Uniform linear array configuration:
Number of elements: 64
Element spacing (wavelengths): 0.25
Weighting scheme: hann
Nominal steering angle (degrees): -15
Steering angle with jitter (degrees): -14.109
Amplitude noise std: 0.05
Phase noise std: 0.05

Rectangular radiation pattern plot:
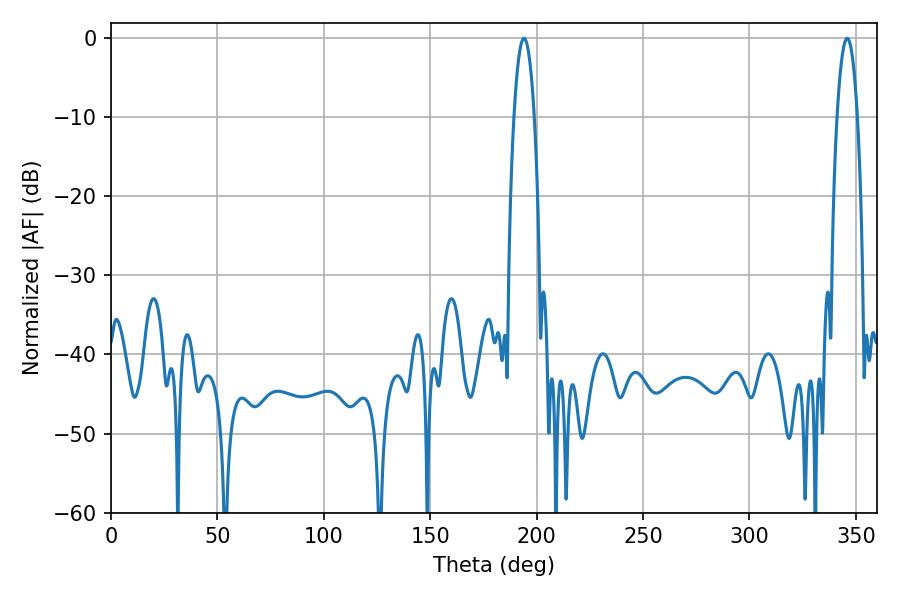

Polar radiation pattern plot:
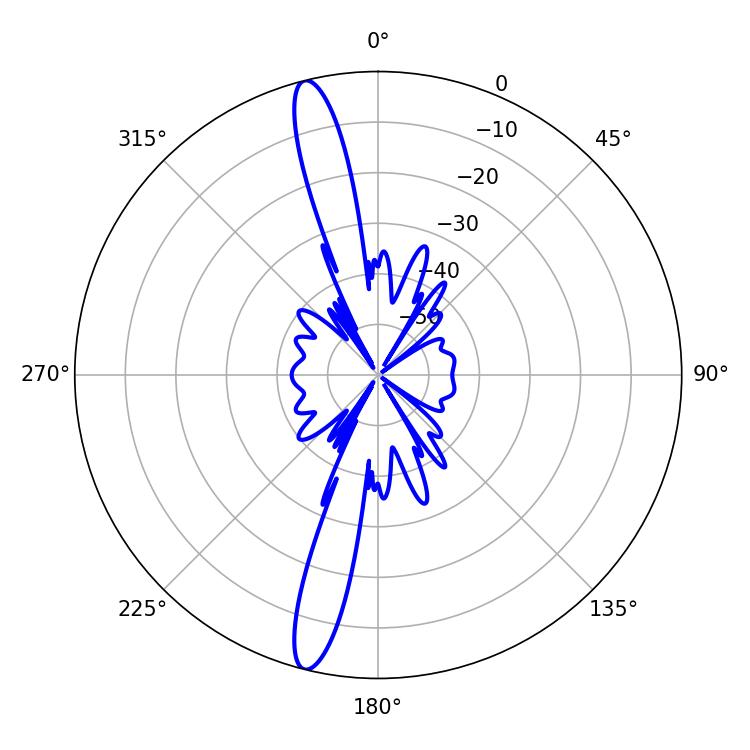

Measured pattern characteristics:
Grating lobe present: FALSE
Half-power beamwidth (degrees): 5.22
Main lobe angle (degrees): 194.04